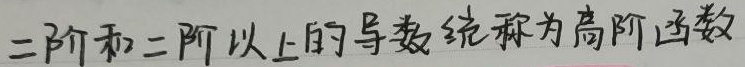
二阶和二阶以上的导数统称为高阶函数